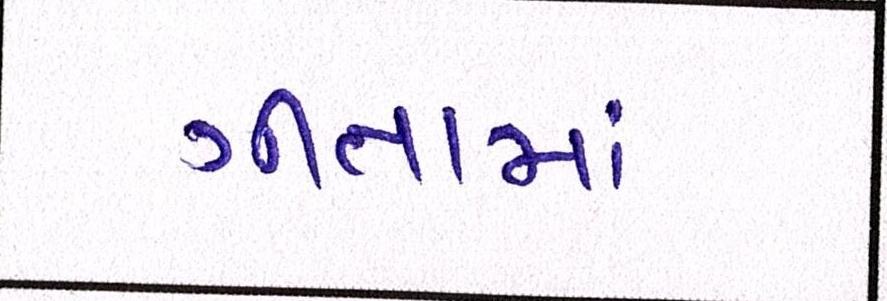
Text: ગીતામાં